Civil Veterinary Dept. North-West Frontier Province 1923-32 - 1923-1932
Year: 1923
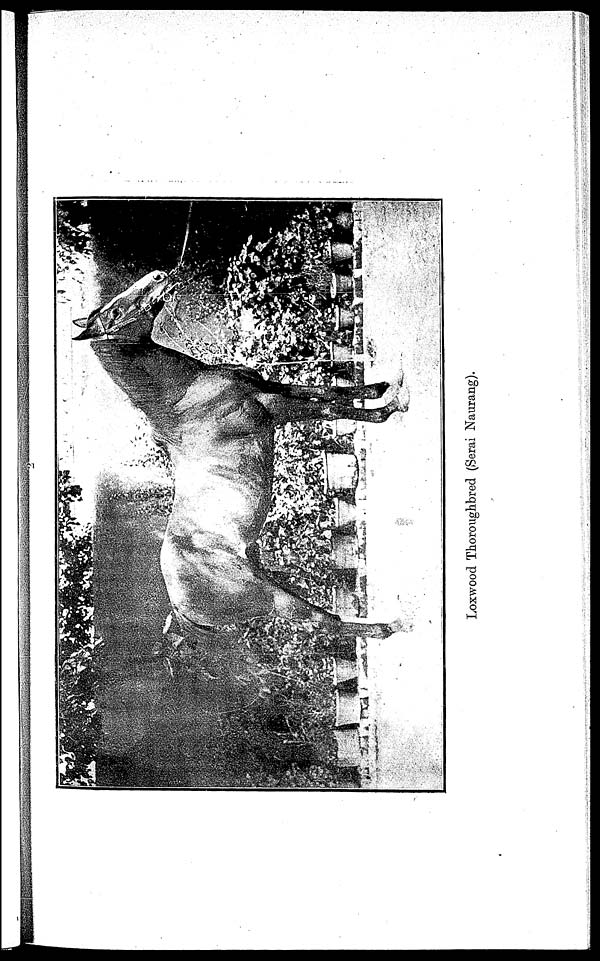
Loxwood Thoroughbred (Serai Naurang).